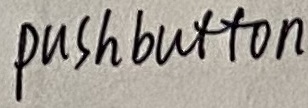
Text: pushbutton